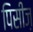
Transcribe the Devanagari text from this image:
पिसीज़